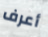
أعرف